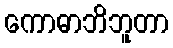
ကောဓာဘိဘူတာ